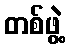
တစ်ဖွဲ့